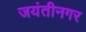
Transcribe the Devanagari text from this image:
जयंतीनगर